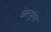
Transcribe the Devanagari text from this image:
कैल्युगर